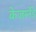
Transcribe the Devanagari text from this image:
केजर्स्नेडे